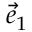
\vec { e } _ { 1 }